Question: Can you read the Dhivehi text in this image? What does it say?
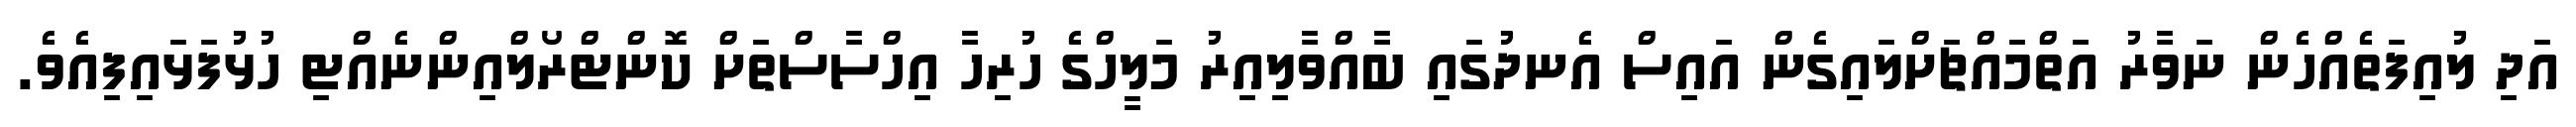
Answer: އަދި ލުއިފަތެއްހެން ނަވާރު އަތްމައްޗަށްލައިގެން އައިސް އެނދުގައި ބާއްވާލިއިރު މަލީހްގެ ހުރިހާ އިހްސާސްތަށް ކޮންޓްރޯލްއިންނެއްޓި ހުޅުފަޅައިފިއެވެ.